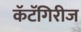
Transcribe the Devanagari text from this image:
कॅटॅगिरीज